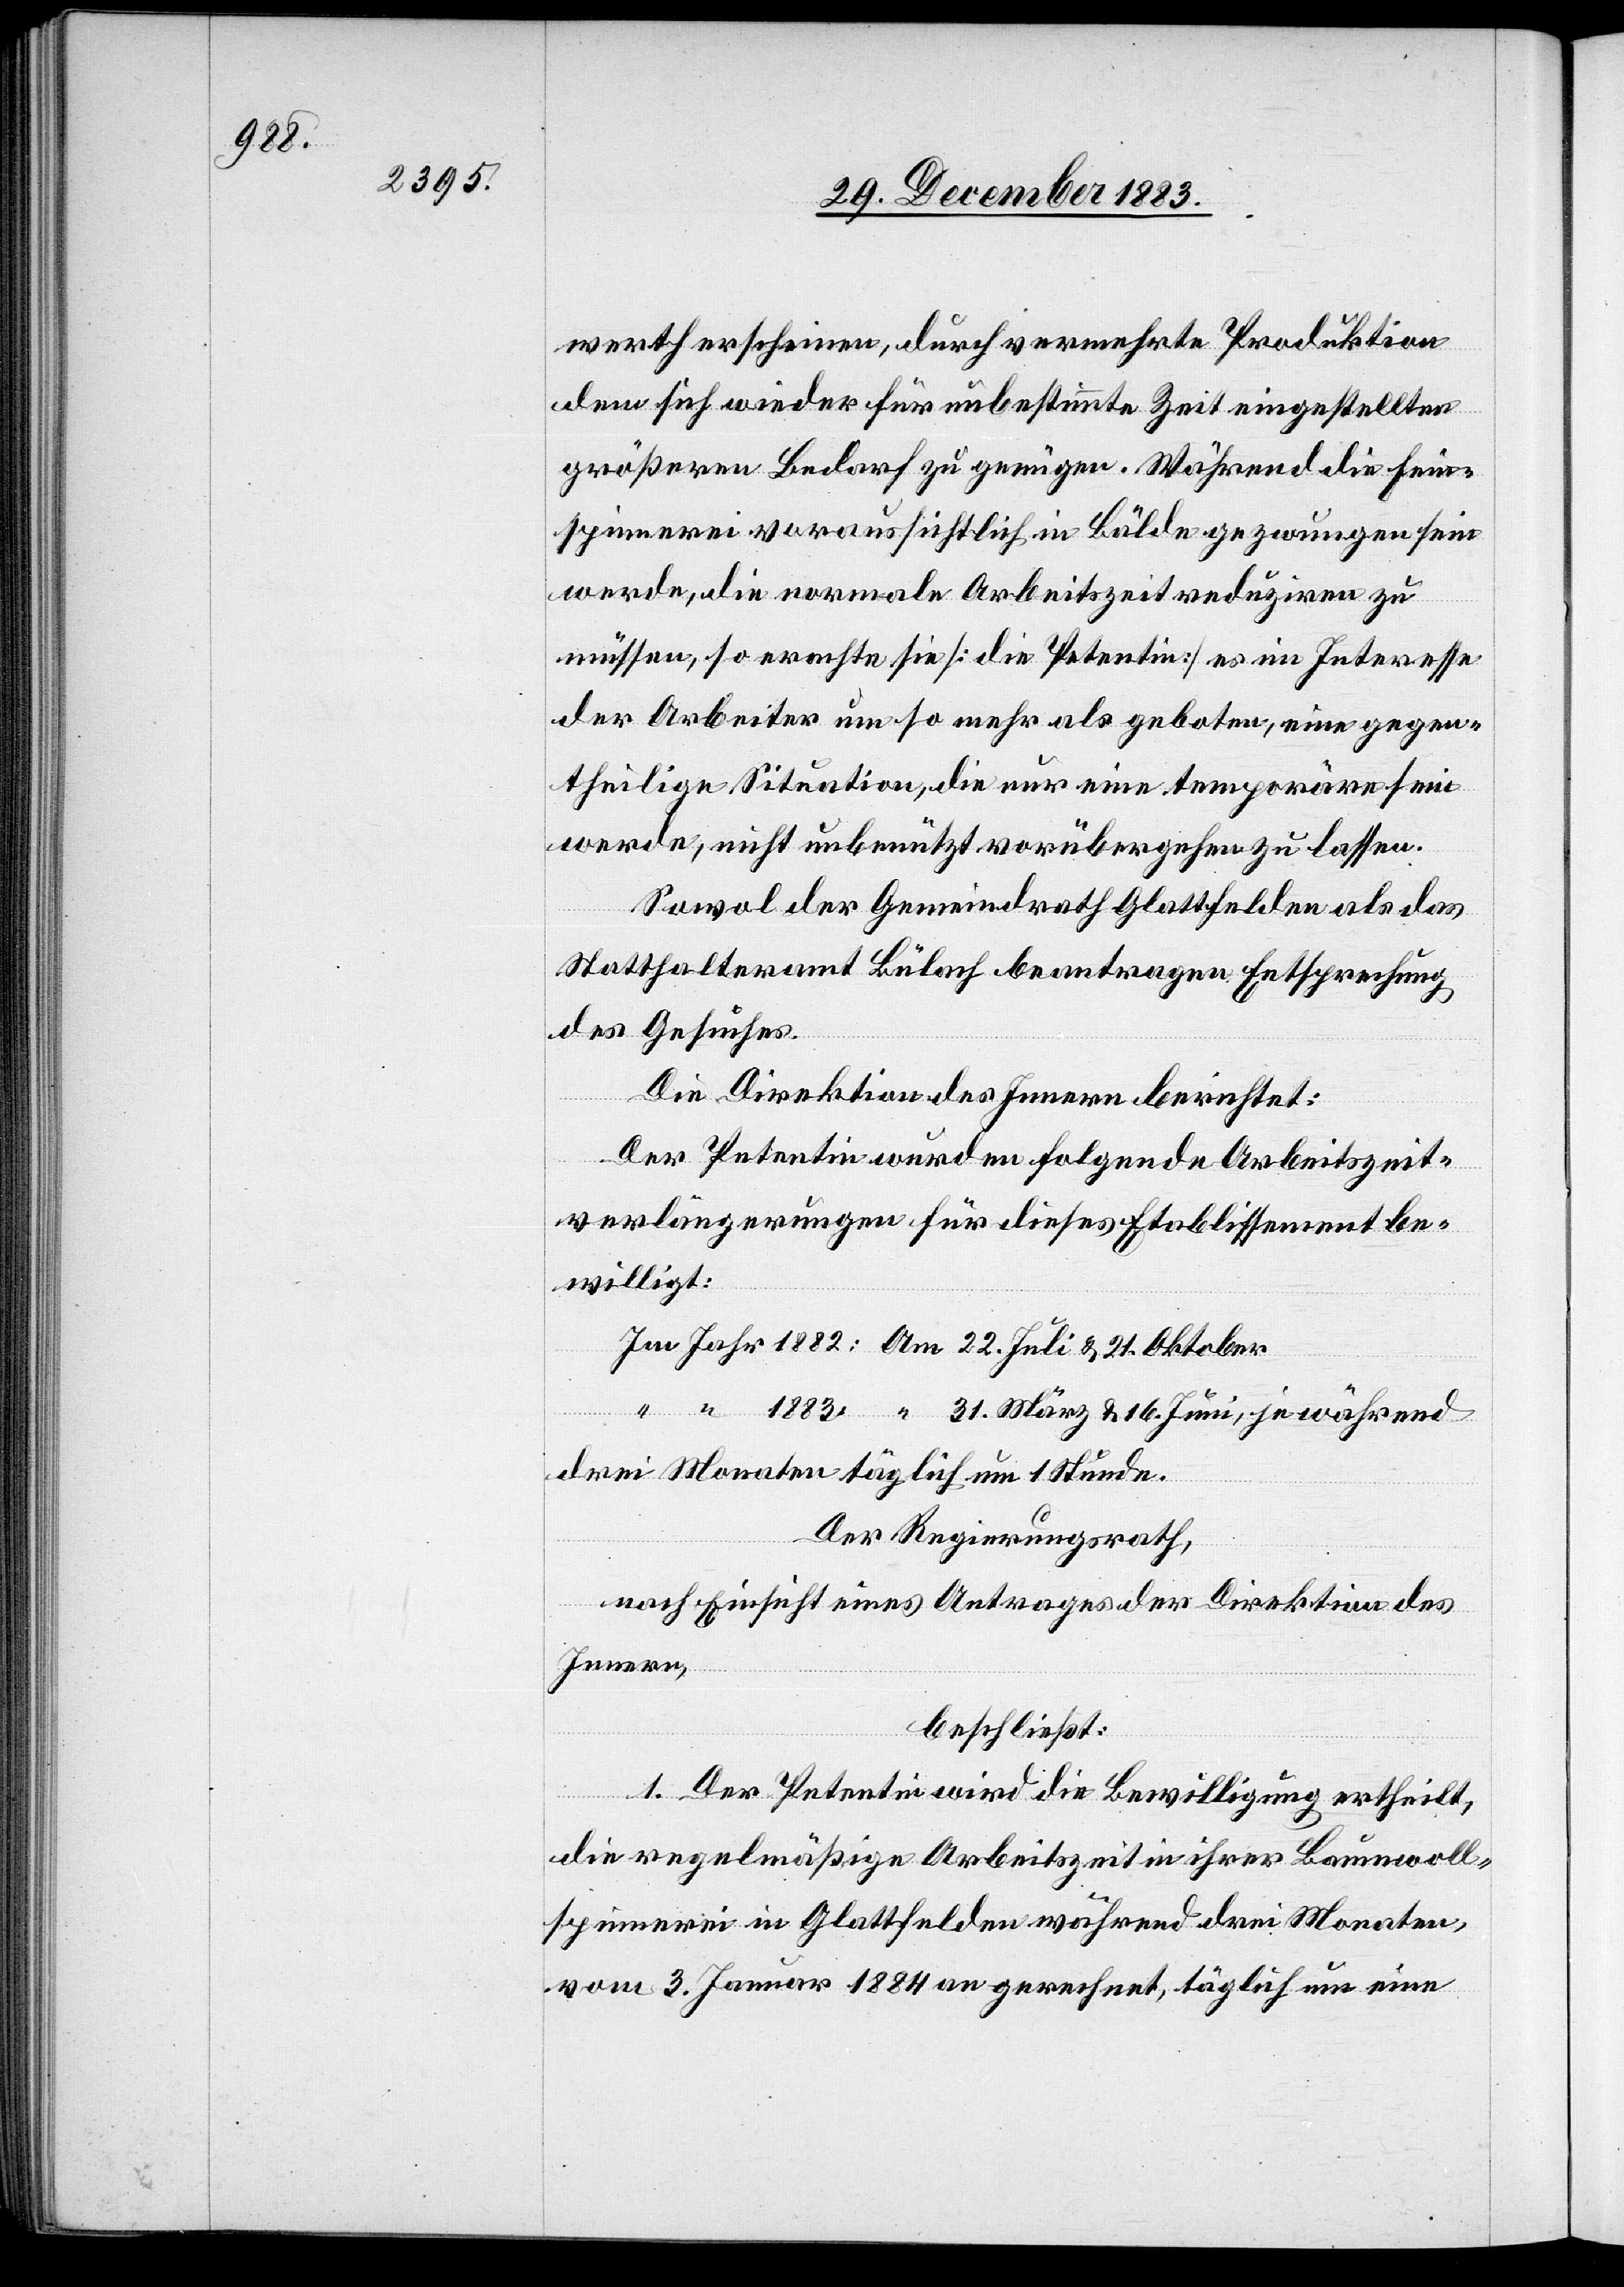
16.

werth erscheinen, durch vermehrte Produktion
dem sich wieder für unbestimmte Zeit eingestellten
größeren Bedarf zu genügen. Während die Heim¬
spinnerei voraussichtlich in Bälde gezwungen sein
werde, die normale Arbeitszeit reduziren zu
müssen, so erachte sie [die Petentin] es im Interesse
der Arbeiter um so mehr als geboten, eine gegen¬
theilige Situation, die nur eine temporäre sein
werde, nicht unbenützt vorübergehen zu lassen.
Sowol der Gemeindrath Glattfelden als das
Statthalteramt Bülach beantragen Entsprechung
“
des Gesuches.
Die Direktion des Innern berichtet:
Der Petentin wurden folgende Arbeitszeit¬
verlängerungen für dieses Etablissement be¬
willigt:
drei Monaten täglich um 1 Stunde.
Der Regierungsrath,
nach Einsicht eines Antrages der Direktion des
Innern,
beschließt:
1. Der Petentin wird die Bewilligung ertheilt,
die regelmäßige Arbeitszeit in ihrer Baumwoll¬
spinnerei in Glattfelden während drei Monaten,
vom 3. Januar 1884 an gerechnet, täglich um eine